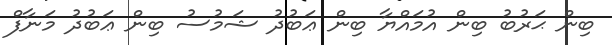
ބިން ޙަރުބު ބިން އުމައްޔާ ބިން ޢަބުދު ޝަމުސު ބިން ޢަބުދު މަނާފް